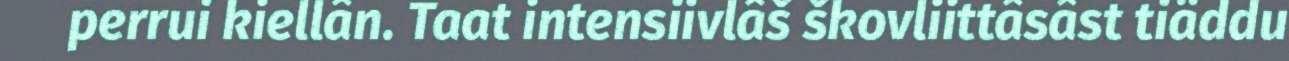
perrui kiellân. Taat intensiivlâš škovliittâsâst tiäddu